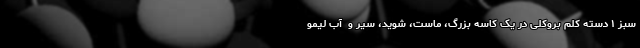
سبز ۱ دسته کلم بروکلی در یک کاسه بزرگ، ماست، شوید، سیر و  آب لیمو